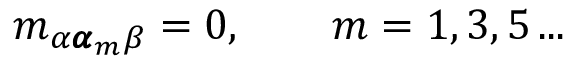
m _ { \alpha { \pmb \alpha } _ { m } \beta } = 0 , \qquad m = 1 , 3 , 5 \, . . .